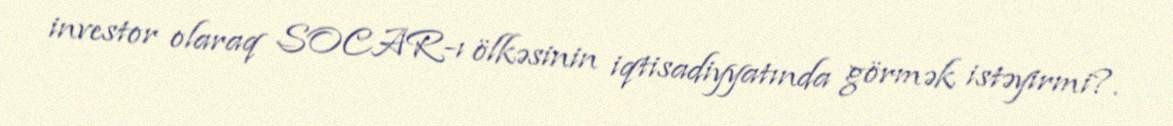
investor olaraq SOCAR-ı ölkəsinin iqtisadiyyatında görmək istəyirmi?.